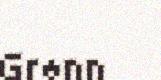
Grønn